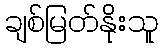
ချစ်မြတ်နိုးသူ